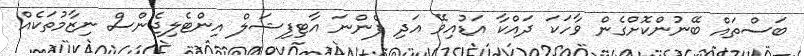
ބަސްތައް ބޭނުންކޮށްގެން ވާހަކަ ދައްކާ އަޑުއިވޭ އަދި ފެންނަ އާޓިފިޝަލް އިންޓެލިޖެންސް ނިޒާމުތަކެއް